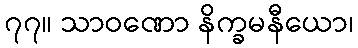
၇၇။ သာဝဏော နိက္ခမနီယော၊